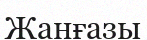
Жанғазы